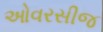
ઓવરસીજ